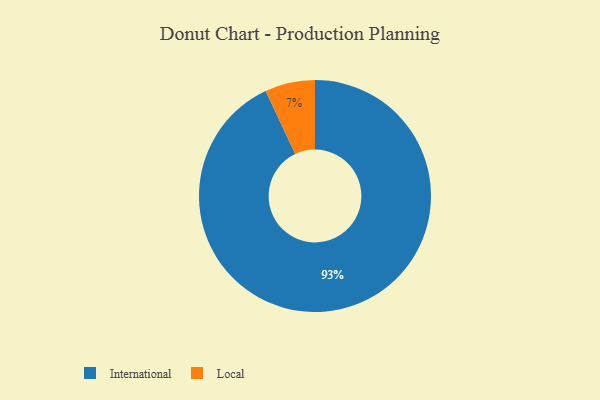
{"axis": {"x": "Category", "y": "Percentage"}, "legend": ["International", "Local"], "data": [{"x": "Local", "y": 7, "type": "Local"}, {"x": "International", "y": 93, "type": "International"}]}